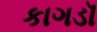
કાગડૉ